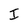
Character: I